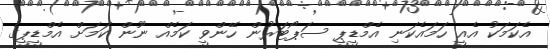
އެކަމަކު އެއީ ހަމައެކަނި އެމްޑީޕީ ސަޕޯޓަރުން ހޭންވީ ކަމެއް ނޫން ކަމަށް އެމްޑީޕީގެ